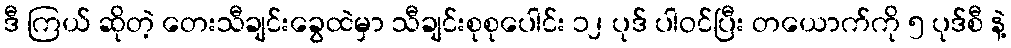
ဒီ ကြယ် ဆိုတဲ့ တေးသီချင်းခွေထဲမှာ သီချင်းစုစုပေါင်း ၁၂ ပုဒ် ပါဝင်ပြီး တယောက်ကို ၅ ပုဒ်စီ နဲ့